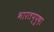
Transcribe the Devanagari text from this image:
भारतप्पुष़ा